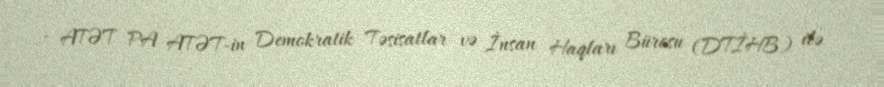
- ATƏT PA ATƏT-in Demokratik Təsisatlar və İnsan Haqları Bürosu (DTİHB) ilə